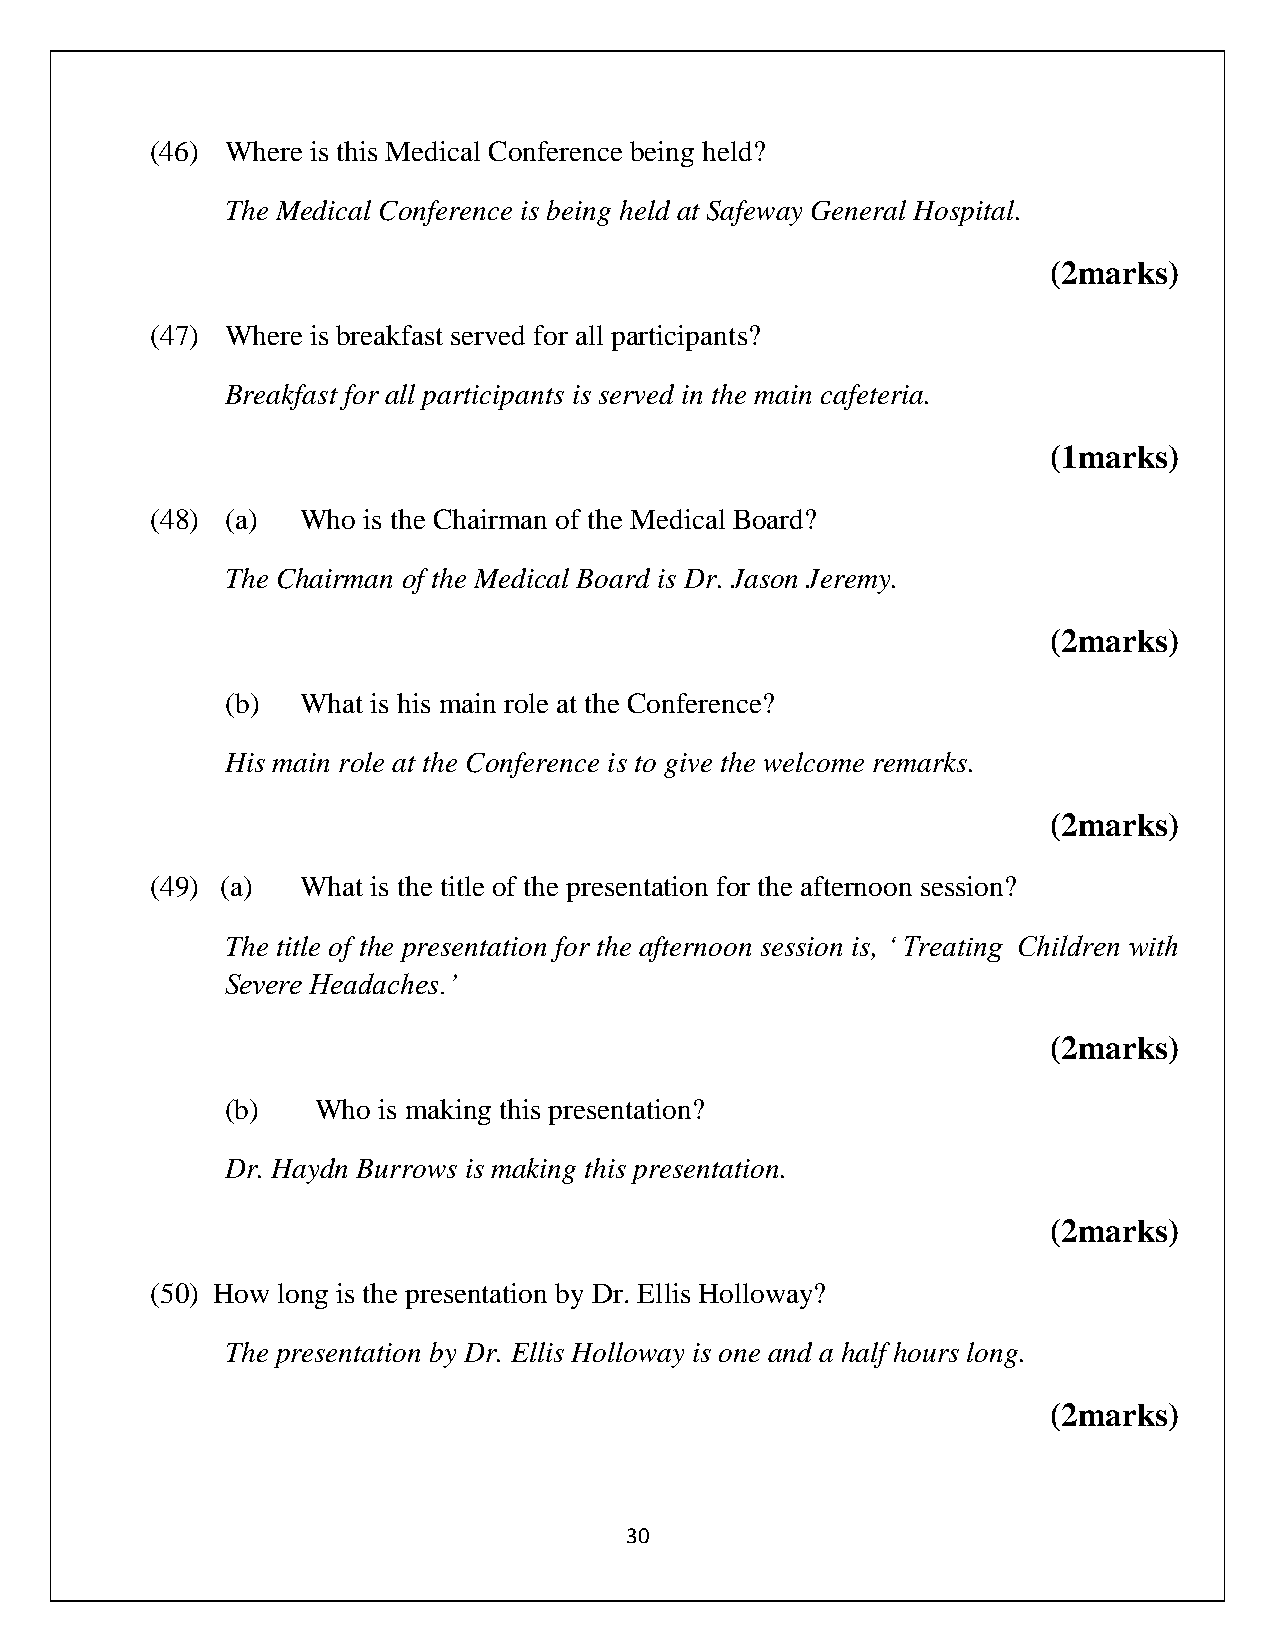
(46) Where is this Medical Conference being held?
 The Medical Conference is being held at Safeway General Hospital.
 (2marks)
 (47) Where is breakfast served for all participants?
 Breakfast for all participants is served in the main cafeteria.
 (1marks)
 (48) (a)  Who is the Chairman of the Medical Board?
 The Chairman of the Medical Board is Dr. Jason Jeremy.
 (2marks)
 (b)  What is his main role at the Conference?
 His main role at the Conference is to give the welcome remarks.
 (2marks)
 (49) (a)  What is the title of the presentation for the afternoon session?
 The title of the presentation for the afternoon session is, ‘ Treating Children with
 Severe Headaches.’
 (2marks)
 (b)   Who is making this presentation?
 Dr. Haydn Burrows is making this presentation.
 (2marks)
 (50) How long is the presentation by Dr. Ellis Holloway?
 The presentation by Dr. Ellis Holloway is one and a half hours long.
 (2marks)
 30